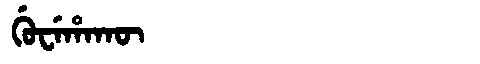
Manchu: ᡤᡠᠸᡝᡥᠠᡴᡡ
Romanization: GUWEHAKŪ